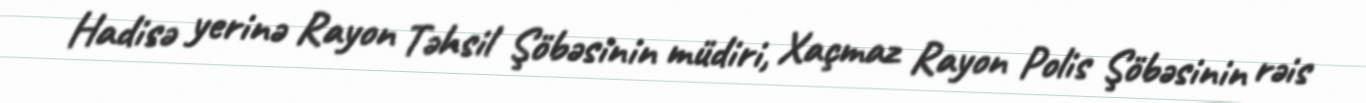
Hadisə yerinə Rayon Təhsil Şöbəsinin müdiri, Xaçmaz Rayon Polis Şöbəsinin rəis